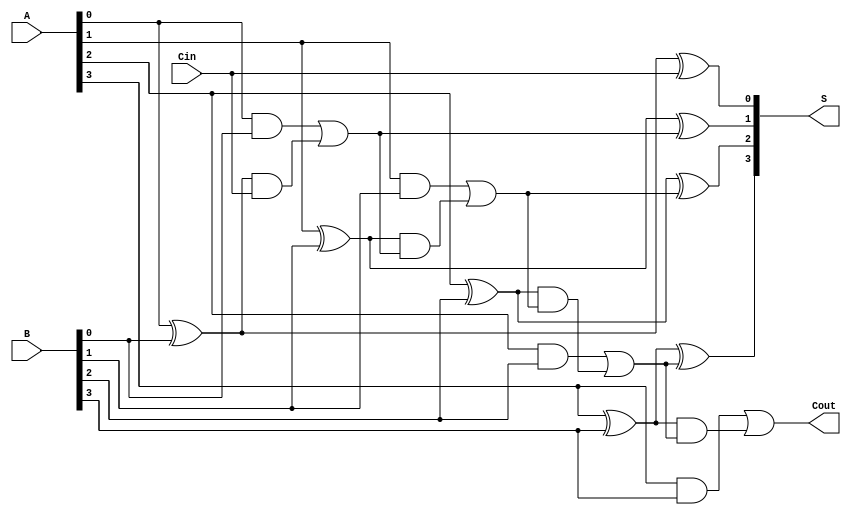
module CILA #(parameter N = 4) (
    input  [N-1:0] A,      // First operand
    input  [N-1:0] B,      // Second operand
    input          Cin,     // Carry-in
    output [N-1:0] S,      // Sum output
    output         Cout     // Carry-out
);

    // Generate and Propagate signals
    wire [N-1:0] G; // Generate signals
    wire [N-1:0] P; // Propagate signals
    wire [N:0] C;   // Carry signals

    // Generate and Propagate Logic
    genvar i;
    generate
        for (i = 0; i < N; i = i + 1) begin : gen_prop
            assign G[i] = A[i] & B[i]; // Generate
            assign P[i] = A[i] ^ B[i]; // Propagate
        end
    endgenerate

    // Carry Signal Calculation
    assign C[0] = Cin; // C[0] is the carry-in
    generate
        for (i = 0; i < N-1; i = i + 1) begin : carry_logic
            assign C[i+1] = G[i] | (P[i] & C[i]);
        end
    endgenerate

    // Sum Calculation
    generate
        for (i = 0; i < N; i = i + 1) begin : sum_logic
            assign S[i] = P[i] ^ C[i]; // Sum
        end
    endgenerate

    // Carry Out Calculation
    assign Cout = G[N-1] | (P[N-1] & C[N-1]);

endmodule